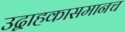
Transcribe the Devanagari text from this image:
उद्वाहकासमानच